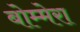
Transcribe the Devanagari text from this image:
बोम्मेरा